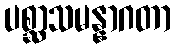
ပစ္ဆာသမန္နာဂတာ